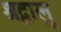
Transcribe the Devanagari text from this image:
श्रद्वालु